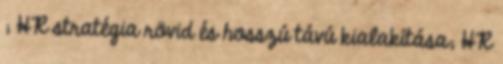
; HR stratégia rövid és hosszú távú kialakítása; HR